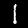
Digit: 1